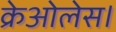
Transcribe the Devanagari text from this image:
क्रेओलेस।